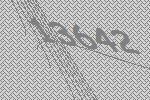
13642